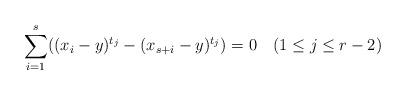
LaTeX: \begin{align*}\sum_{i=1}^s ( (x_i - y)^{t_j} - (x_{s+i} - y)^{t_j} ) = 0 \phantom{12} (1 \leq j \leq r-2)\end{align*}